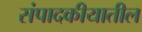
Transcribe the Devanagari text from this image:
संपादकीयातील